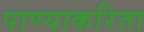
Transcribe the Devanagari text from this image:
पाण्याकरिता